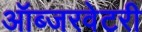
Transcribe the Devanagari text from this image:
ऑब्जरवेटरी